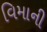
વિમાની